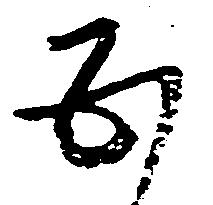
五